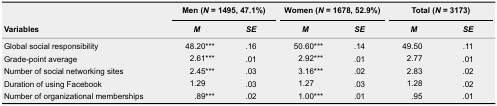
| <ROWSPAN=2> Variables | <COLSPAN=2> Men (N = 1495, 47.1%) | <COLSPAN=2> Women (N = 1678, 52.9%) | <COLSPAN=2> Total (N = 3173) |
 | M | SE | M | SE | M | SE |
 | --- | --- | --- | --- | --- | --- | --- |
 | Global social responsibility | 48.20*** | .16 | 50.60*** | .14 | 49.50 | .11 |
 | Grade-point average | 2.61*** | .01 | 2.92*** | .01 | 2.77 | .01 |
 | Number of social networking sites | 2.45*** | .03 | 3.16*** | .02 | 2.83 | .02 |
 | Duration of using Facebook | 1.29 | .03 | 1.27 | .03 | 1.28 | .02 |
 | Number of organizational memberships | .89*** | .02 | 1.00*** | .01 | .95 | .01 |